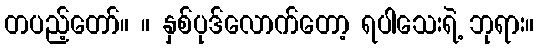
တပည့်တော်။ ။ နှစ်ပုဒ်လောက်တော့ ရပါသေးရဲ့ ဘုရား။